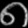
Digit: ၈